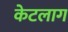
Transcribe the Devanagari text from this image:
केटलाग